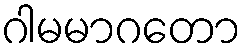
ဂါမမာဂတော